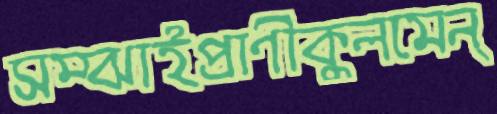
সম্‌ঝাইপ্রাণীকুলমেন্